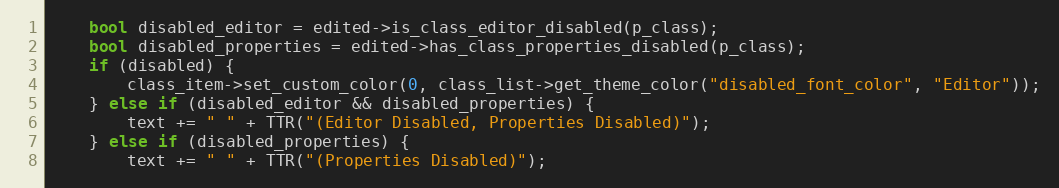
Language: C++
	bool disabled_editor = edited->is_class_editor_disabled(p_class);
	bool disabled_properties = edited->has_class_properties_disabled(p_class);
	if (disabled) {
		class_item->set_custom_color(0, class_list->get_theme_color("disabled_font_color", "Editor"));
	} else if (disabled_editor && disabled_properties) {
		text += " " + TTR("(Editor Disabled, Properties Disabled)");
	} else if (disabled_properties) {
		text += " " + TTR("(Properties Disabled)");